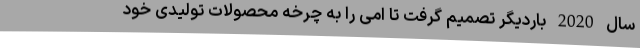
سال 2020 باردیگر تصمیم گرفت تا امی را به چرخه محصولات تولیدی خود